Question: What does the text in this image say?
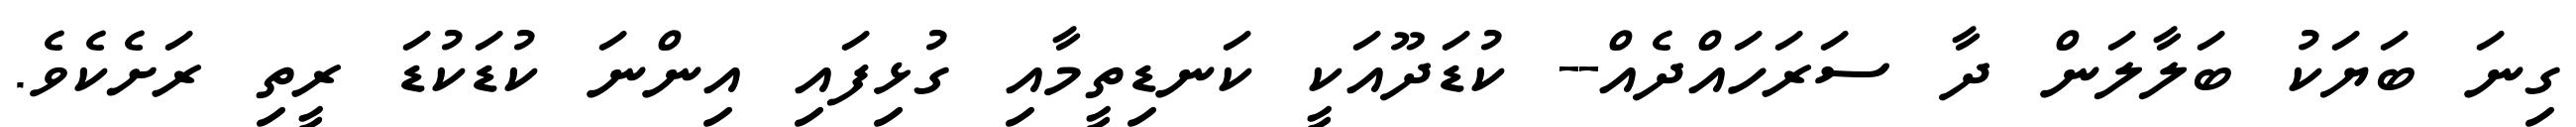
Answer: ގިނަ ބަޔަކު ބަލާލަން ދާ ސަރަހައްދެއް-- ކުޑަދޫއަކީ ކަނޑިތީމާއި ގުޅިފައި އިންނަ ކުޑަކުޑަ ރީތި ރަށެކެވެ.